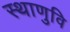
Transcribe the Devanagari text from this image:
स्थाणुवि